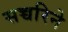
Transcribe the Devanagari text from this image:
सच्चरिने